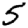
Digit: 5